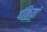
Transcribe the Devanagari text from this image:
पंकियां